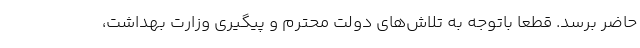
حاضر برسد. قطعاً باتوجه به تلاش­های دولت محترم و پیگیری وزارت بهداشت،